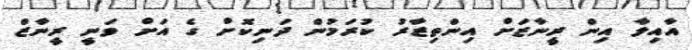
އާއިލާ އިން ރީނާޒަށް އިންތިޒާރު ކުރަމުން ދަނިކޮށް ގެ އަށް ވަނީ ރީނާޒް